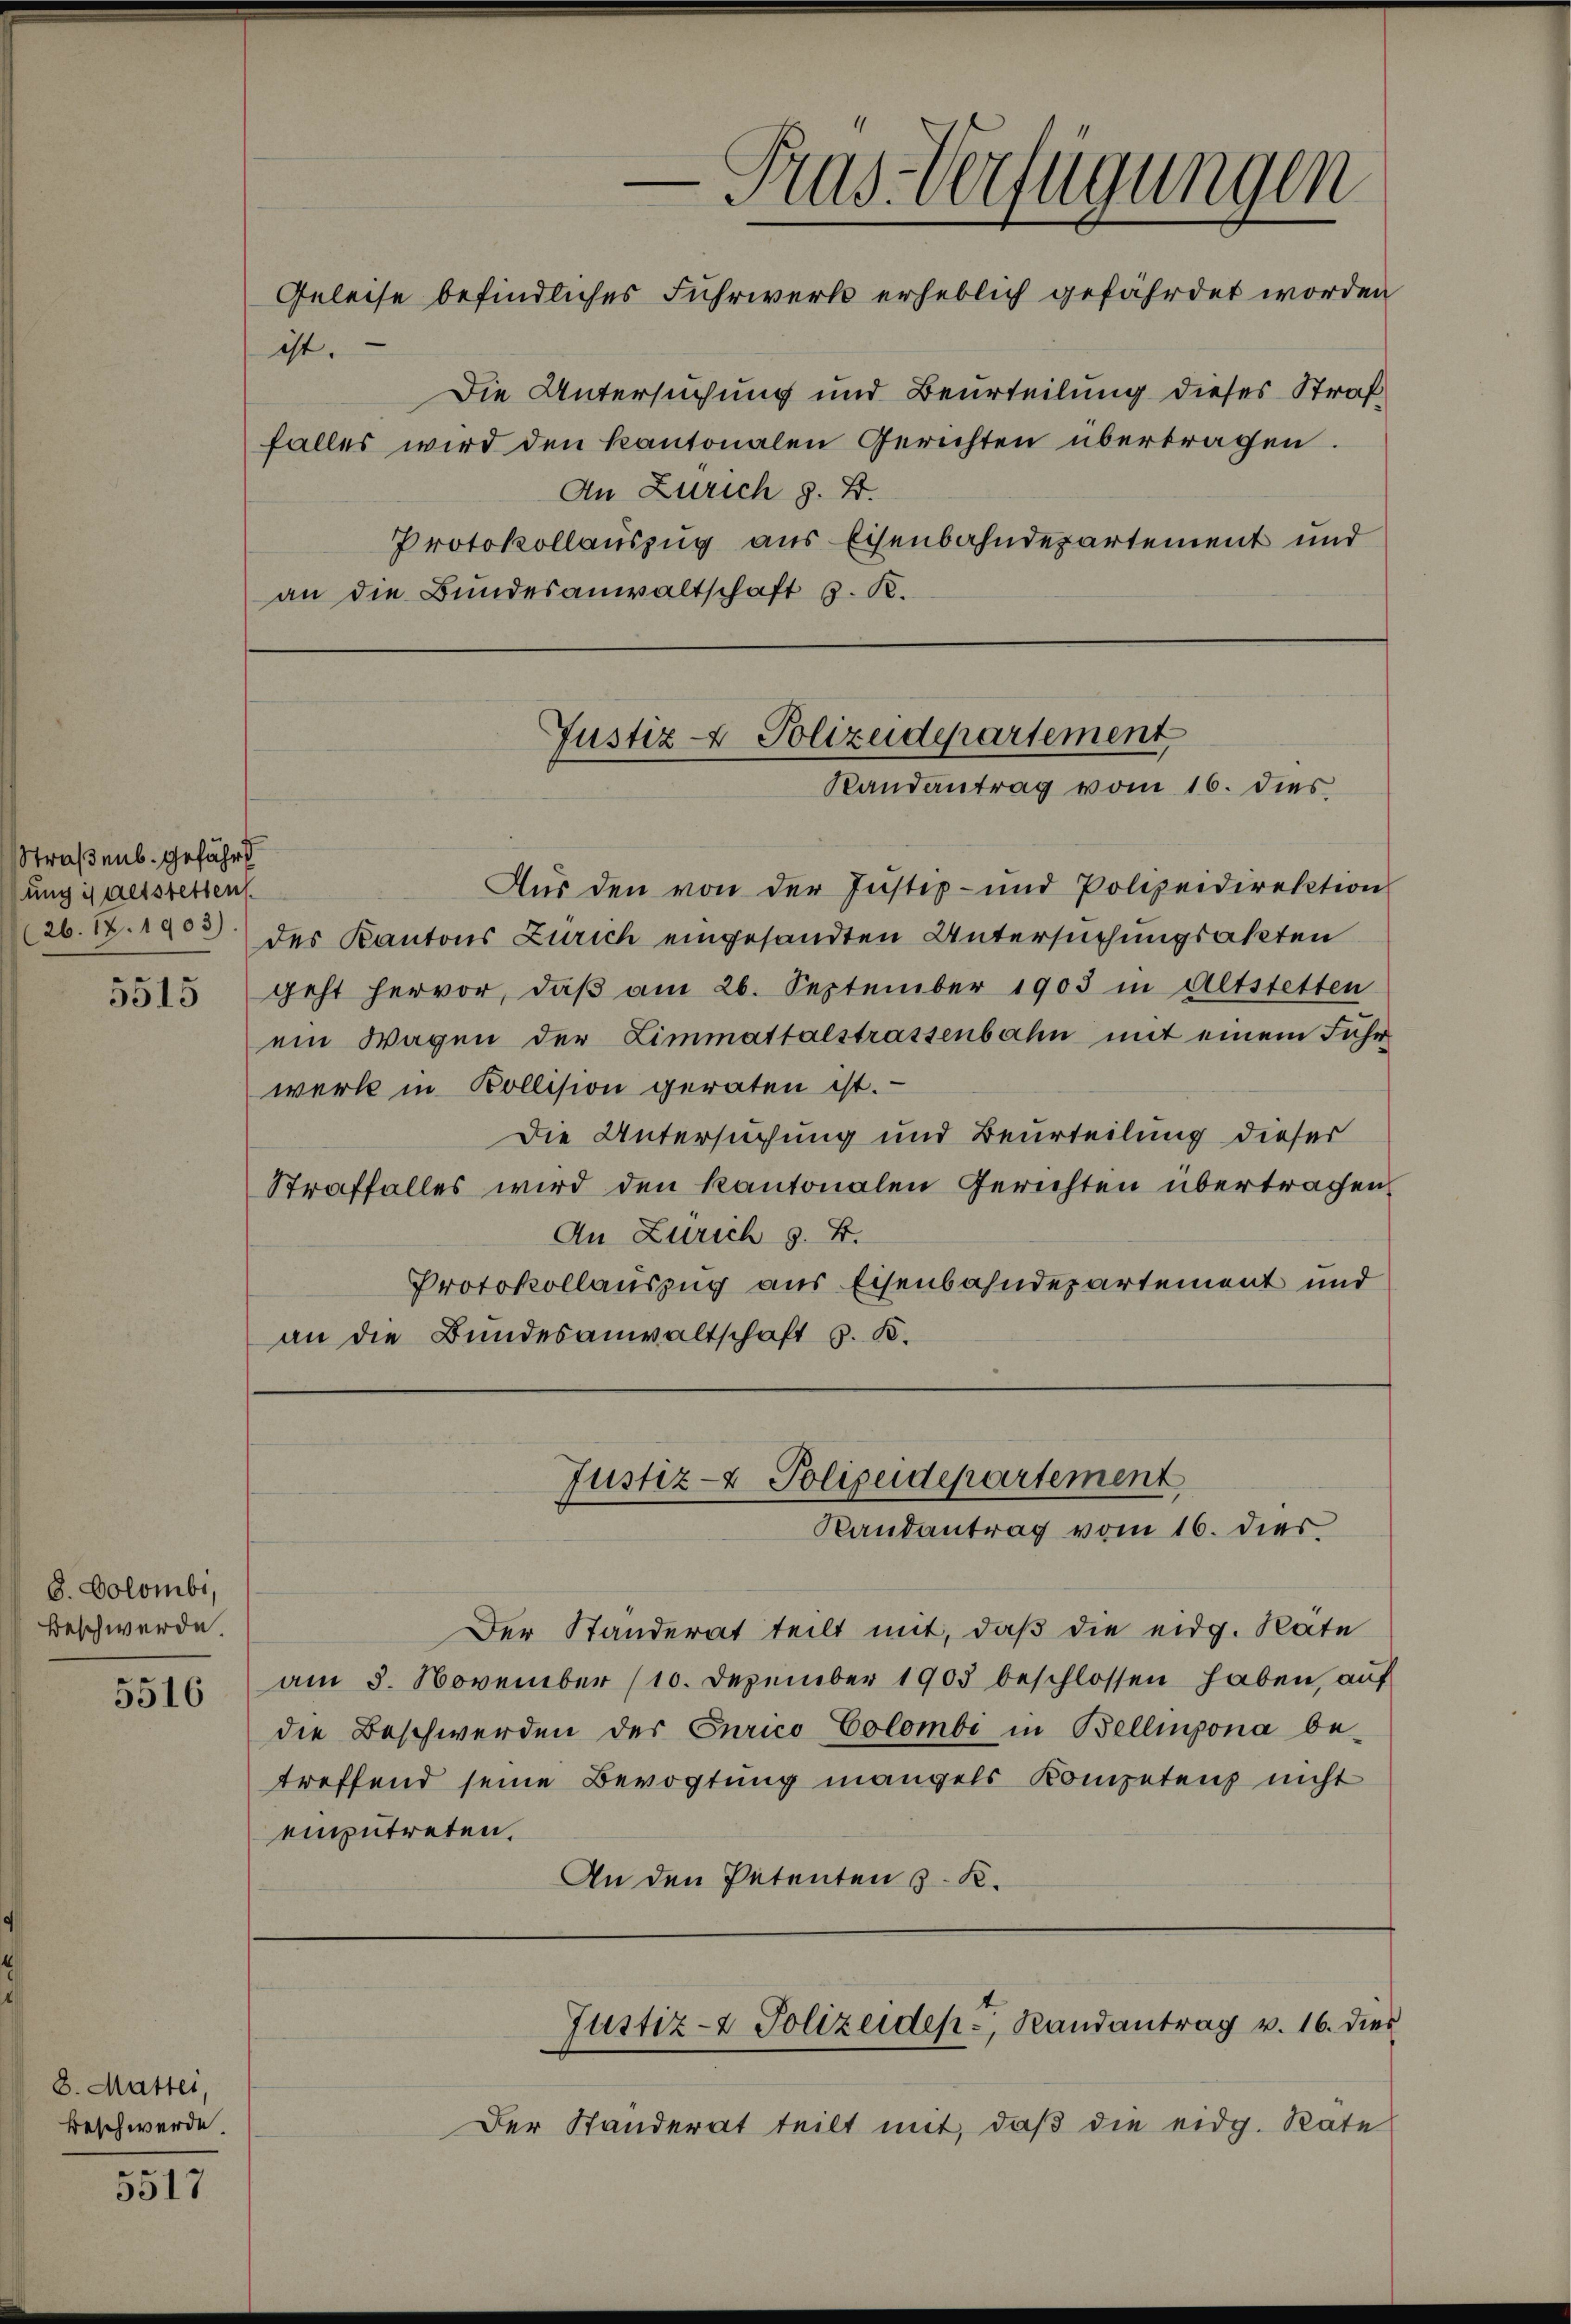
Straßenb. gefährt
sung in Altstetten.

5515

8. Colombi,
Beschwerde.

5516

8. Mattei,
Beschwerde.

5517

— Pas-Verfügungen
Geleise befindliches Fuhrwerk erheblich gefährdet worden
ist.

Die Untersuchung und Beurteilung dieses Straf
falles wird den kantonalen Gerichten übertragen.
An Zürich z. B.
Protokollauszug aus Eisenbahndepartement und
an die Bundesanwaltschaft 9. R.

Justiz- & Polizeidepartement
Randantrag vom 16. dies

Justiz- & Polizeidepartement
Randantrag vom 16. dies

Aus den von der Justiz- und Polizeidirektion
26.12.1903 des Kantons Zürich eingesandten Untersuchungsakten
geht hervor, daβ am 26. September 1903 in Altstetten
ein Wagen der Limmattalstrassenbahn mit einem Fuhrwerk in Kollision geraten ist.
Die Untersuchung und Beurteilung dieser
Straffalles wird den kantonalen Gerichten übertragen
An Zürich §. 4.
Protokollauszug aus Eisenbahndepartement und
an die Bundesanwaltschaft S. K.

Der Ständerat teilt mit, daß die eidg. Rate
am 3. November (10. Dezember 1903 beschlossen haben, auf
die Beschwerden des Curico Colombi in Bellinzona be-
treffend seine Bevogtung mangels Kompetens nicht
einzutreten.
An den Petenten 3. K.

Justiz- & Polizeiden, Randantrag v. 16. dies

Der Standerat teilt mit, daß die eidg. Rate